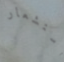
استشعار